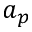
a _ { p }